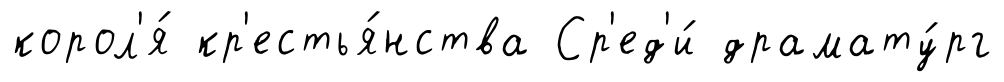
корол'я́ кр'естья́нства Ср'ед'и́ драмату́рг